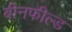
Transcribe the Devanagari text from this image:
बीनफील्ड